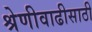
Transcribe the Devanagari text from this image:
श्रेणीवाढीसाठी